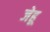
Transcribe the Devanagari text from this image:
जेहू